Lunatic asylums Bombay report 1891-1903 - 1891-1903
Year: 1891
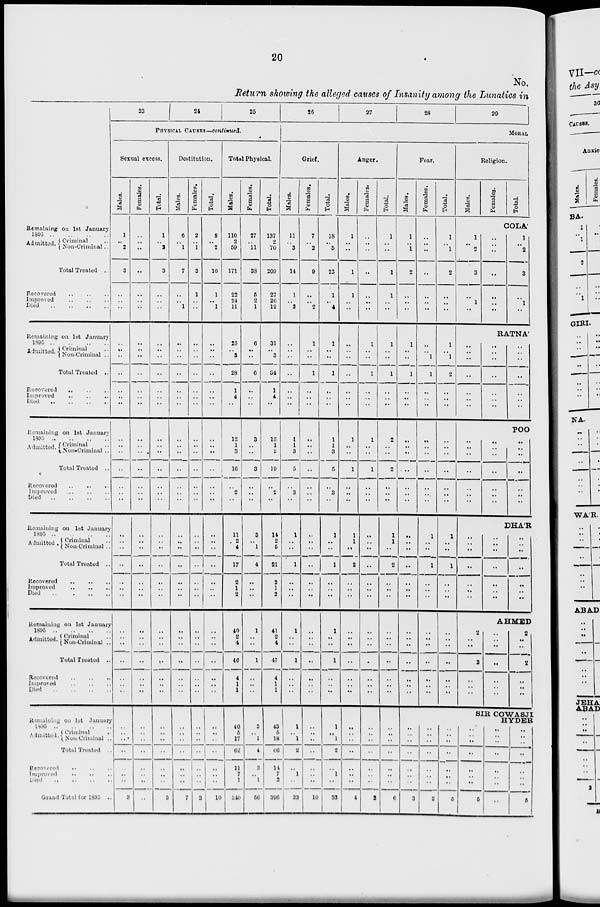
20
No.
Return showing the alleged causes of Insanity among the Lunatics in
Remaining on 1st January
1895
..
..
..
..
Admitted. Criminal ..
Non-Criminal ..
Total Treated ..
Recovered
..
..
..
Improved
..
..
..
Died
..
..
..
Remaining on 1st January
1895
..
..
..
..
Admitted. Criminal ..
Non-Criminal ..
Total Treated ..
Recovered .. .. ..
Improved
..
..
..
Died .. .. .. ..
Remaining on 1st January
1895 .. .. .. ..
Admitted. Criminal ..
Non-Criminal ..
Total Treated ..
Recovered .. .. ..
Improved
..
..
..
Died
..
..
..
Remaining on 1st January
1895
..
..
..
..
Admitted
Criminal ..
Non-Criminal ..
Total Treated ..
Recovered .. .. ..
Improved
..
..
..
Died .. .. ..
Remaining on 1st January
1895
..
..
..
..
Admitted Criminal ..
Non-Criminal ..
Total Treated ..
Recovered
..
..
..
Improved
..
..
..
Died .. .. .. ..
Remaining on 1st January
1895
..
..
..
..
Admitted Criminal
..
Non-Criminal ..
Total Treated ..
Recovered
..
..
..
Improved
..
..
..
Died .. .. .. ..
Grand Total for 1895 ..
23
24
25
PHYSICUL CAUSES—continues.
Sexual excess.
Males.
1
..
2
3
..
..
..
..
..
..
..
..
..
..
..
..
..
..
..
..
..
..
..
..
..
..
..
..
..
..
..
..
..
..
..
..
..
..
..
..
..
..
3
Females.
..
..
..
..
..
..
..
..
..
..
..
..
..
..
..
..
..
..
..
..
..
..
..
..
..
..
..
..
..
..
..
..
..
..
..
..
..
..
..
..
..
..
..
Total.
1
..
2
3
..
..
..
..
..
..
..
..
..
..
..
..
..
..
..
..
..
..
..
..
..
..
..
..
..
..
..
..
..
..
..
..
..
..
..
..
..
..
3
Destitution.
Males.
6
..
1
7
..
..
1
..
..
..
..
..
..
..
..
..
..
..
..
..
..
..
..
..
..
..
..
..
..
..
..
..
..
..
..
..
..
..
..
..
..
..
7
Females.
2
..
1
3
1
..
..
..
..
..
..
..
..
..
..
..
..
..
..
..
..
..
..
..
..
..
..
..
..
..
..
..
..
..
..
..
..
..
..
..
..
..
3
Total.
8
..
2
10
1
..
1
..
..
..
..
..
..
..
..
..
..
..
..
..
..
..
..
..
..
..
..
..
..
..
..
..
..
..
..
..
..
..
..
..
..
..
10
Total Physical.
Males.
110
2
59
171
22
24
11
25
..
3
28
1
4
..
12
1
3
16
..
2
..
11
2
4
17
2
1
2
40
2
4
46
4
1
1
40
5
17
62
11
7
1
340
Females.
27
..
11
38
5
2
1
6
..
..
6
..
..
..
3
..
..
3
..
..
..
3
..
1
4
..
..
..
1
..
..
1
..
..
..
3
..
1
4
3
..
1
56
Total.
137
2
70
209
27
26
12
31
..
3
34
1
4
..
15
1
3
19
..
2
..
14
2
5
21
2
1
2
41
2
4
47
4
1
1
43
5
18
66
14
7
2
396
26
27
28
29
MORAL
Grief.
Males.
11
..
3
14
1
..
2
..
..
..
..
..
..
..
1
1
3
5
..
3
..
1
..
..
1
..
..
..
1
..
..
1
..
..
..
1
..
1
2
..
1
..
23
Females.
7
..
2
9
..
..
2
1
..
..
1
..
..
..
..
..
..
..
..
..
..
..
..
..
..
..
..
..
..
..
..
..
..
..
..
..
..
..
..
..
..
..
10
Total.
18
..
5
23
1
..
4
1
..
..
1
..
..
..
1
1
3
5
..
3
..
1
..
..
1
..
..
..
1
..
..
1
..
..
..
1
.. 1
2
.. 1
..
33
Anger.
Males.
1
..
..
1
1
..
..
..
..
..
..
..
..
..
1
..
..
1
..
..
..
1
1
..
2
..
..
..
..
..
..
..
..
..
..
..
..
..
..
..
..
..
4
Females.
..
..
..
..
..
..
..
1
..
..
1
..
..
..
1
..
..
1
..
..
..
..
..
..
..
..
..
..
..
..
..
..
..
..
..
..
..
..
..
..
..
..
2
Total.
1
..
..
1
1
..
..
1
..
..
1
..
..
..
2
..
..
2
..
..
..
1
1
..
2
..
..
..
..
..
..
..
..
..
..
..
..
..
..
..
..
..
6
Fear.
Males.
1
..
1
2
..
..
..
1
..
..
1
..
..
..
..
..
..
..
..
..
..
..
..
..
..
..
..
..
..
..
..
..
..
..
..
..
..
..
..
..
..
..
3
Females.
..
..
..
..
..
..
..
..
..
1
1
..
..
..
..
..
..
..
..
..
..
1
..
..
1
..
..
..
..
..
..
..
..
..
..
..
..
..
..
..
..
..
2
Total.
1
..
1
2
..
..
..
1
..
1
2
..
..
..
..
..
..
..
..
..
..
1
..
..
1
..
..
..
..
..
..
..
..
..
..
..
.. ..
..
..
..
..
5
Religion.
Males.
1
..
2
3
..
1
..
..
..
..
..
..
..
..
..
..
..
..
..
..
..
..
..
..
..
..
..
..
2
..
..
2
..
..
..
Females.
Total.
COLA'
..
..
..
..
..
..
..
1
..
2
3
..
1
..
RATNA
..
..
..
..
..
..
..
..
..
..
..
..
..
..
..
..
..
..
..
..
..
POO
..
..
..
..
..
..
..
DHA'R
..
..
..
..
..
..
..
..
..
..
..
..
..
..
AHMED
..
..
..
..
..
..
..
2
..
..
2
..
..
..
SIR COWSJI
HYDER
..
..
..
..
..
..
..
5
..
..
..
..
..
..
..
..
..
..
..
..
..
..
..
5